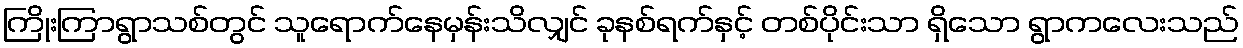
ကြိုးကြာရွာသစ်တွင် သူရောက်နေမှန်းသိလျှင် ခုနစ်ရက်နှင့် တစ်ပိုင်းသာ ရှိသော ရွာကလေးသည်